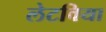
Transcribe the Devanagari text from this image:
लेटविया